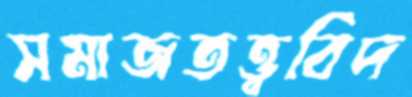
সমাজতত্ত্ববিদ